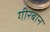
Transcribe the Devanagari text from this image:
गीरबान